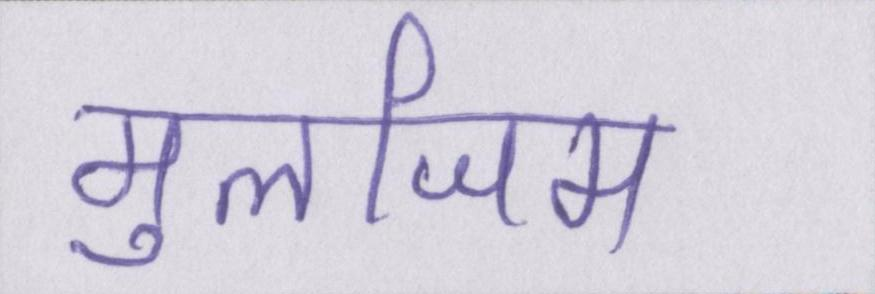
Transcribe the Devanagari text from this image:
मुलजिम